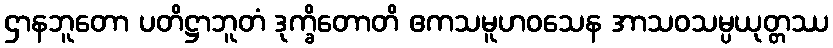
ဌာနဘူတော ပတိဋ္ဌာဘူတံ ဒုက္ခိတောတိ ဧကသမူဟဝသေန အာသဝသမ္ပယုတ္တဿ